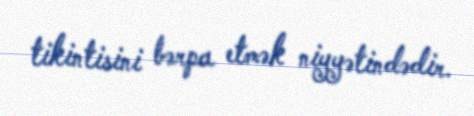
tikintisini bərpa etmək niyyətindədir.